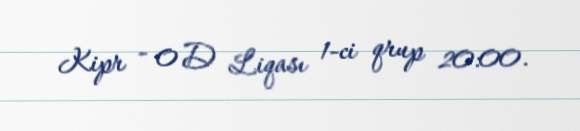
Kipr - 0 D Liqası 1-ci qrup 20:00.